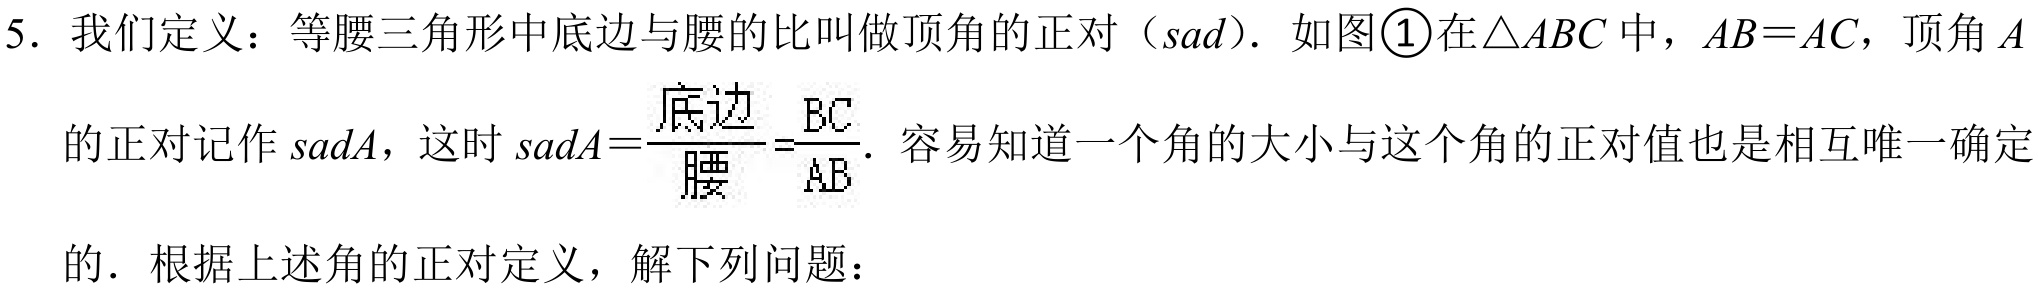
5. 我们定义：等腰三角形中底边与腰的比叫做顶角的正对（\(sad\)）. 如图\textcircled{1}在\(\triangle ABC\) 中，\(AB = AC\)，顶角 \(A\)
的正对记作 \(sadA\)，这时 \(sadA=\frac{底边}{腰}=\frac{BC}{AB}\). 容易知道一个角的大小与这个角的正对值也是相互唯一确定
的. 根据上述角的正对定义，解下列问题：